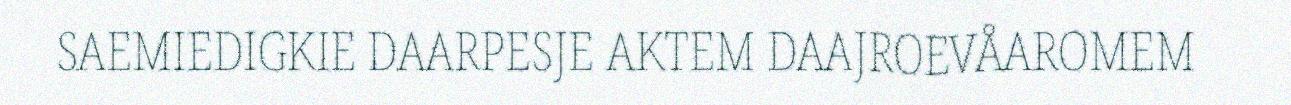
SAEMIEDIGKIE DAARPESJE AKTEM DAAJROEVÅAROMEM